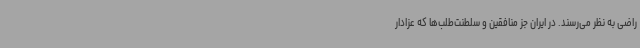
راضی به نظر می‌رسند. در ایران جز منافقین و سلطنت‌طلب‌ها که عزادار